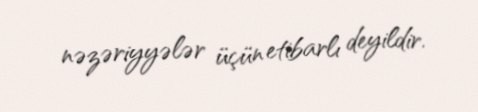
nəzəriyyələr üçün etibarlı deyildir.